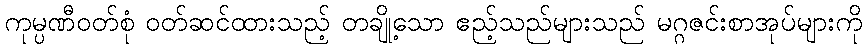
ကုမ္ပဏီဝတ်စုံ ဝတ်ဆင်ထားသည့် တချို့သော ဧည့်သည်များသည် မဂ္ဂဇင်းစာအုပ်များကို